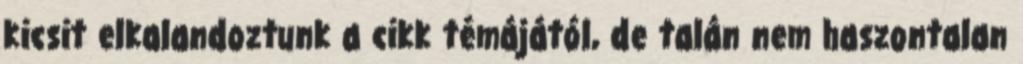
kicsit elkalandoztunk a cikk témájától, de talán nem haszontalan